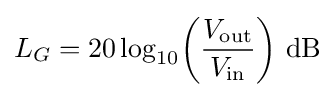
L_{G}=20\log _{10}\!\left({\frac {V_{\text{out}}}{V_{\text{in}}}}\right)\,{\text{dB}}